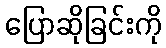
ပြောဆိုခြင်းကို